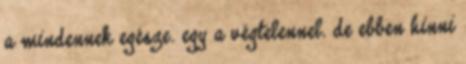
a mindennek egésze. egy a végtelennel. de ebben hinni